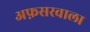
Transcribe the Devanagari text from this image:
अफ़सरवाला